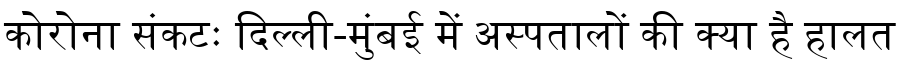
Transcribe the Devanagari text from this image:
कोरोना संकटः दिल्ली-मुंबई में अस्पतालों की क्या है हालत